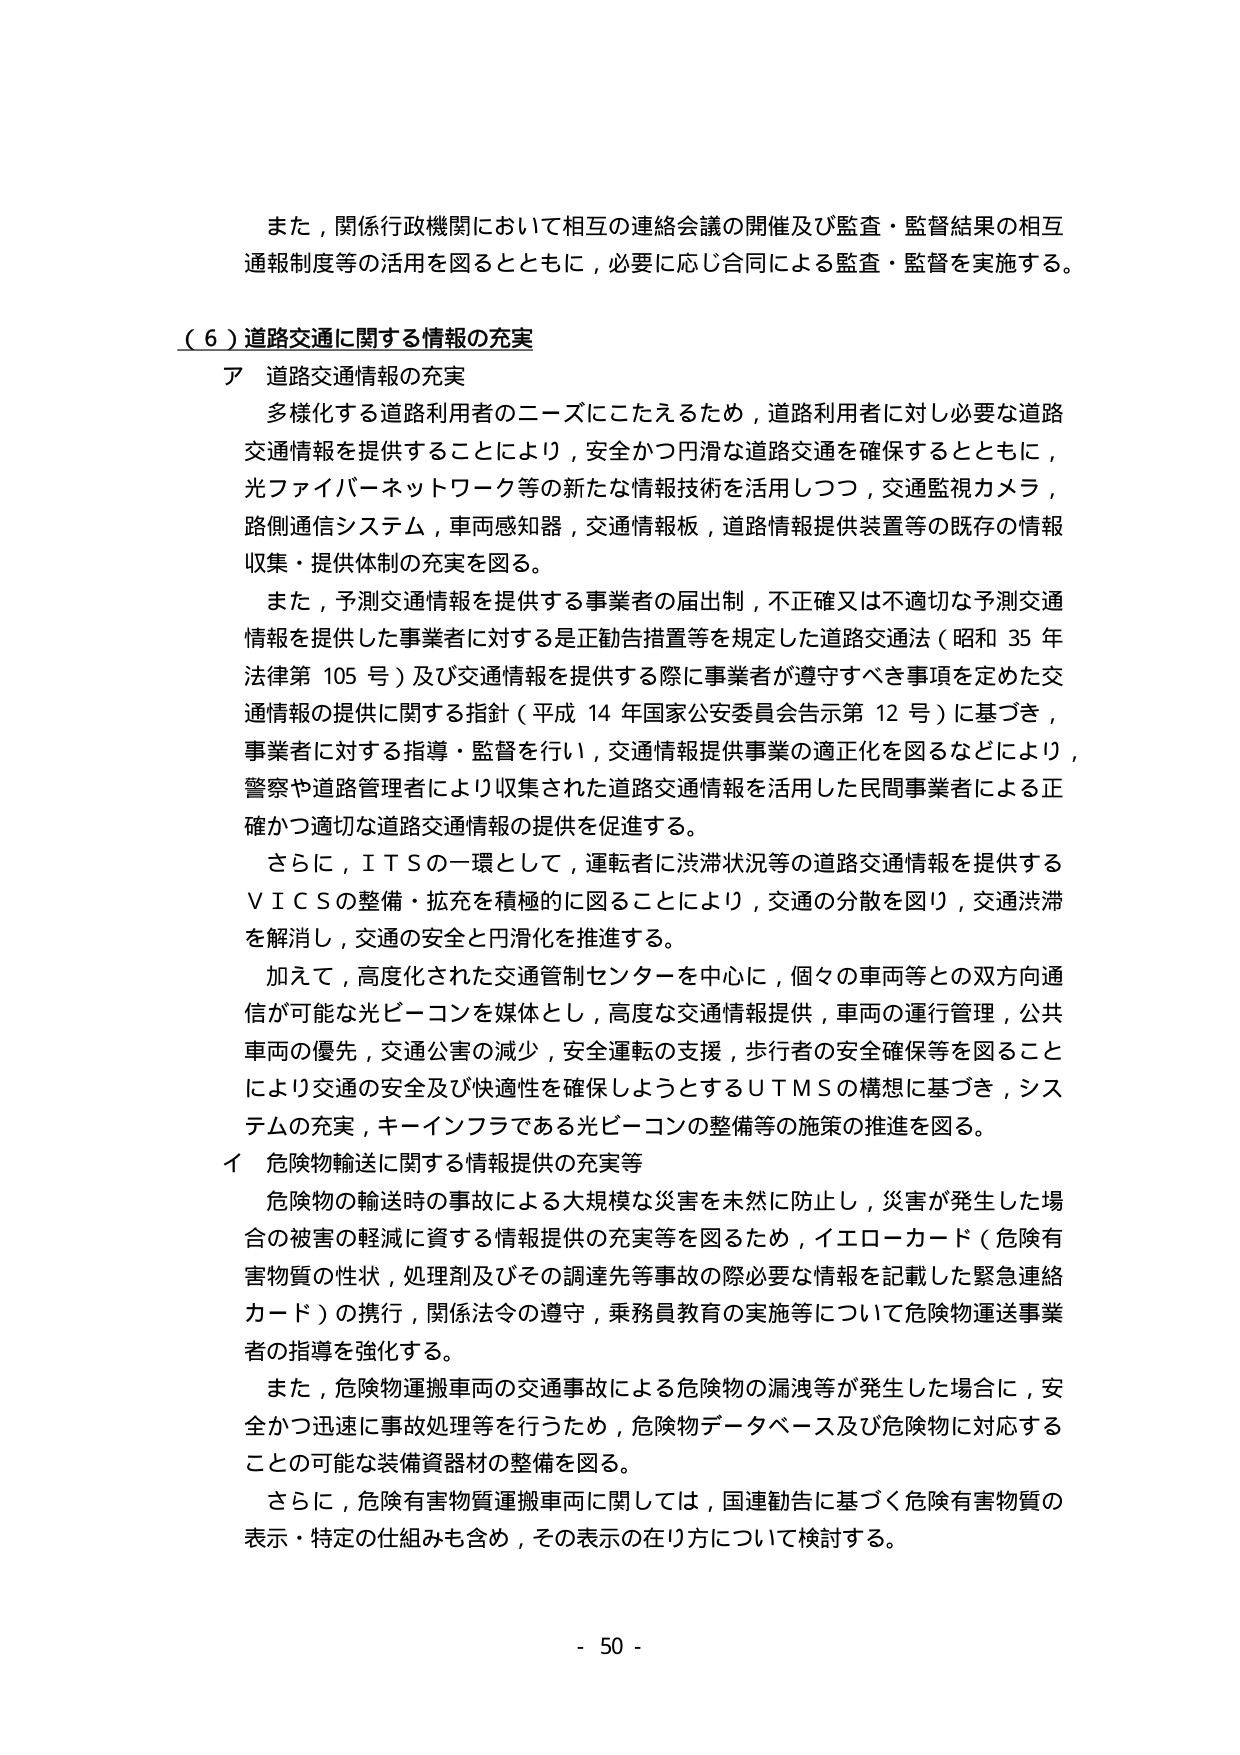
また，関係行政機関において相互の連絡会議の開催及び監査・監督結果の相互通報制度等の活用を図るとともに，必要に応じ合同による監査・監督を実施する。

（６）道路交通に関する情報の充実

ア 道路交通情報の充実

多様化する道路利用者のニーズにこたえるため，道路利用者に対し必要な道路交通情報を提供することにより，安全かつ円滑な道路交通を確保するとともに，光ファイバーネットワーク等の新たな情報技術を活用しつつ，交通監視カメラ，路側通信システム，車両感知器，交通情報板，道路情報提供装置等の既存の情報収集・提供体制の充実を図る。

また，予測交通情報を提供する事業者の届出制，不正確又は不適切な予測交通情報を提供した事業者に対する是正勧告措置等を規定した道路交通法（昭和35年法律第105号）及び交通情報を提供する際に事業者が遵守すべき事項を定めた交通情報の提供に関する指針（平成14年国家公安委員会告示第12号）に基づき，事業者に対する指導・監督を行い，交通情報提供事業の適正化を図るなどにより，警察や道路管理者により収集された道路交通情報を活用した民間事業者による正確かつ適切な道路交通情報の提供を促進する。

さらに，ＩＴＳの一環として，運転者に渋滞状況等の道路交通情報を提供するＶＩＣＳの整備・拡充を積極的に図ることにより，交通の分散を図り，交通渋滞を解消し，交通の安全と円滑化を推進する。

加えて，高度化された交通管制センターを中心に，個々の車両等との双方向通信が可能な光ビーコンを媒体とし，高度な交通情報提供，車両の運行管理，公共車両の優先，交通公害の減少，安全運転の支援，歩行者の安全確保等を図ることにより交通の安全及び快適性を確保しようとするＵＴＭＳの構想に基づき，システムの充実，キーインフラである光ビーコンの整備等の施策の推進を図る。

イ 危険物輸送に関する情報提供の充実等

危険物の輸送時の事故による大規模な災害を未然に防止し，災害が発生した場合の被害の軽減に資する情報提供の充実を図るため，イエローカード（危険有害物質の性状，処理剤及びその調達先等事故の際必要な情報を記載した緊急連絡カード）の携行，関係法令の遵守，乗務員教育の実施等について危険物運送事業者の指導を強化する。

また，危険物運搬車両の交通事故による危険物の漏洩等が発生した場合に，安全かつ迅速に事故処理等を行うため，危険物データベース及び危険物に対応することの可能な装備資器材の整備を図る。

さらに，危険有害物質運搬車両に関しては，国連勧告に基づく危険有害物質の表示・特定の仕組みも含め，その表示の在り方について検討する。

- 50 -